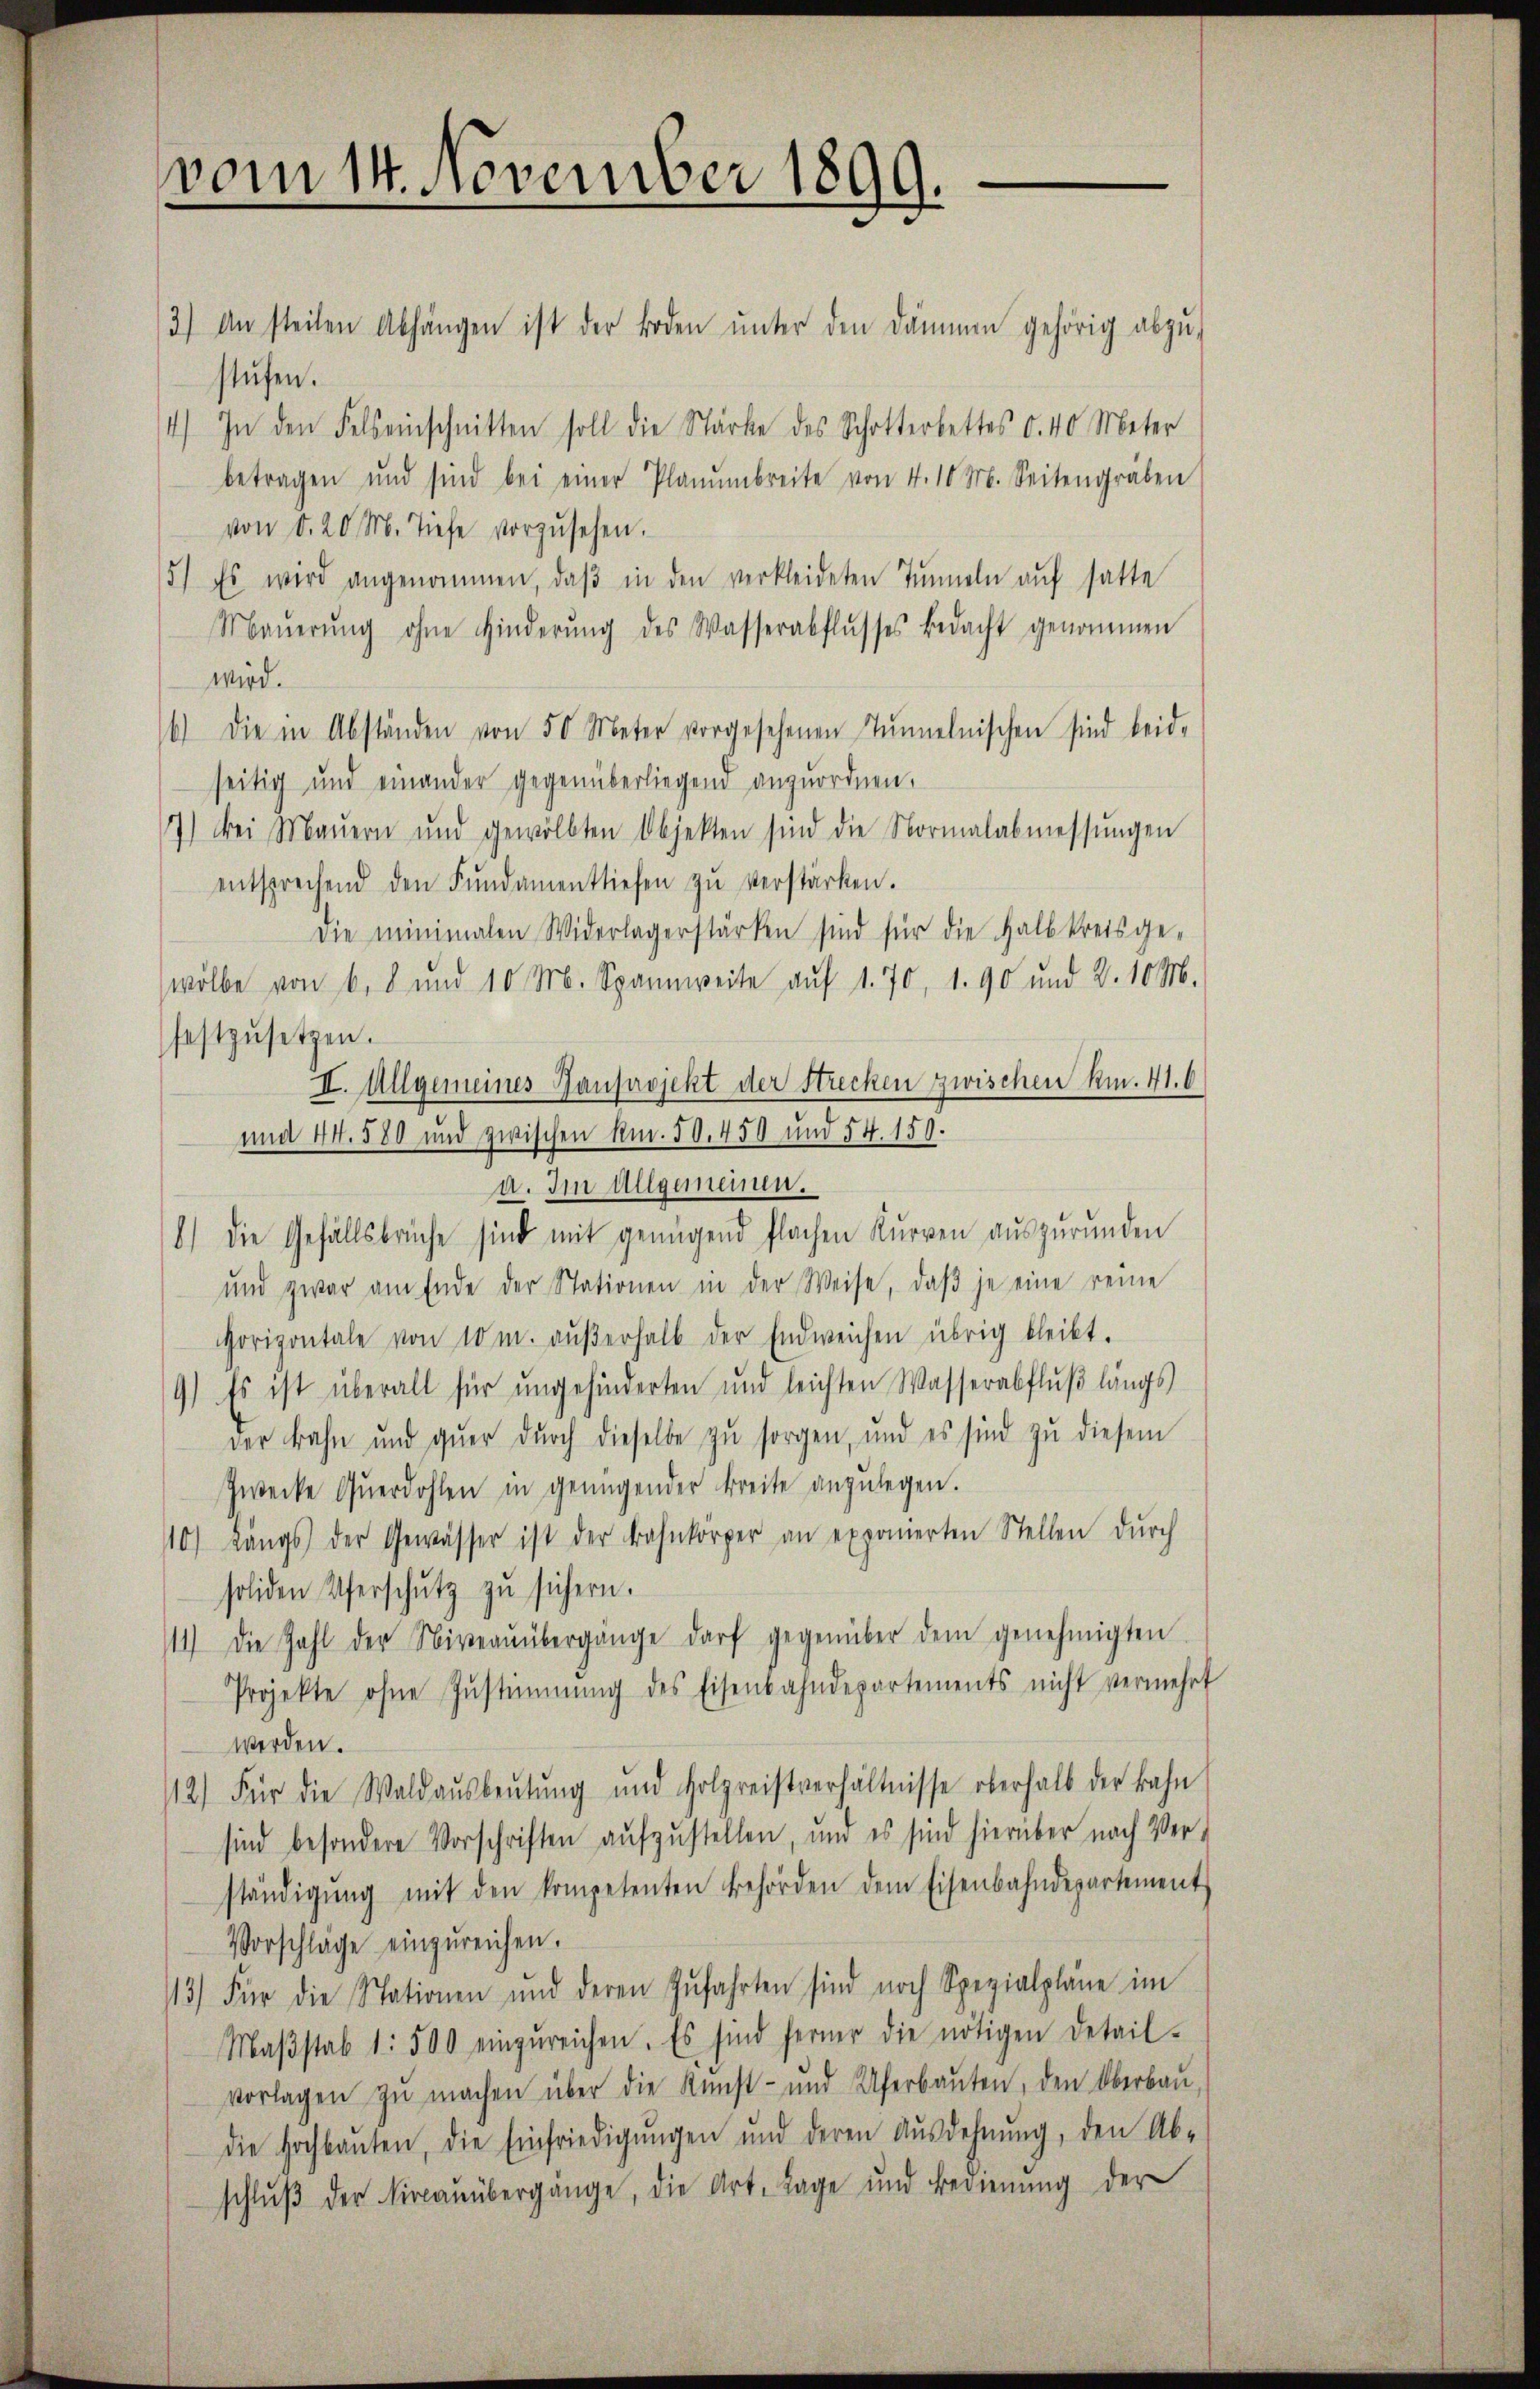
vom 14. November 1899.

3) An steilen Abhängen ist der Boden ŭnter den Dämmen gehörig abzŭ-
stufen.
4.) In den Felseinschnitten soll die Stärke des Schotterbettes d. 40 Meter
betragen und sind bei einer Planŭmbreite von 4. 10 M. Seitengräben
von d. 20 M. Tiefe vorzŭsehen.
5.) Es wird angenommen, daβ in den verkleideten Tunneln aŭf hatte
Maŭerŭng ohne Hinderŭng des Wasserabflŭsses bedacht genommen
wird.
6) Die in Abständen von 50 Meter vorgesehenen Tunnelnischen sind beide
seitig und einander gegenüberliegen anzuordnen.
17.) Bei Maŭern und gewölbten Objekten sind die Normalabmessŭngen
entsprechend den Fundamentliefen zŭ verstärken.
die minimalen Widerlagerstärken sind für die Halbkreisge-
wölbe von 6. 8 und 10 M. Spannweite aŭf 1. 70, 1. 90 und 2. 10 M.
festzŭsetzen.
II. Allgemeines Bauprojekt der Strecken zwischen km. 41. 6
und 44. 580 und zwischen kn. 50. 450 und 54. 159.
a. Im Allgemeinen.
8.) Die Gefällsbrüche sind mit genügend flachen Kurven aŭszŭrŭnden
und zwar am Ende der Stationen in der Weise, daβ je eine reine
Horizontale von 10 m. aŭβerhalb der Endweichen übrig bleibt.
9.) Es ist überall für ungehinderten und leichten Wasserabflŭβ längs
der Bahn und quer durch dieselbe zŭ sorgen, und es sind zŭ diesem
Zwecke Qŭerdohlen in genügender Breite anzŭlegen.
110) Längs der Gewässer ist der Bahnkörper an exponierten Stellen dŭrch
soliden Uferschŭtz zŭ sichern.
111) Die Zahl der Niveaŭübergänge darf gegenüber dem genehmigten
Projekte ohne Zŭstimmung des Eisenbahndepartements nicht vermehrt
werden.
12) Für die Waldaŭsbeŭtŭng und Holzreistverhältnisse oberhalb der Bahn
sind besondere Vorschriften aufzustellen, und es sind hierüber nach Ver-
ständigŭng mit den kompetenten Behörden dem Eisenbahndepartement
Vorschläge einzŭreichen.
113) Für die Stationen und deren Zŭfahrten sind noch Spezialpläne im
Maβstab 1: 500 einzŭreichen. Es sind ferner die nötigen Detail-
vorlagen zŭ machen über die Kunst- und Uferbaŭten, den Oberbaŭ
die Hochbauten, die Einfriedigŭngen und deren Ausdehnung, den Ab-
schlŭβ der Kircaŭübergänge, die Art. Tage und Bedienŭng der